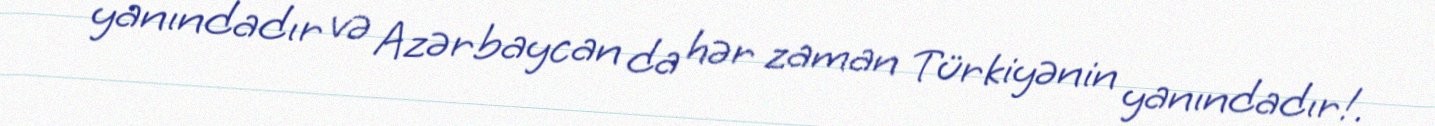
yanındadır və Azərbaycan da hər zaman Türkiyənin yanındadır!.